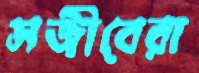
সজীবেরা